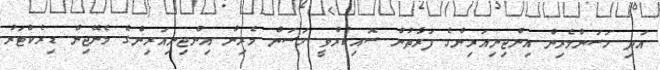
އަދި ހަސަންމެރިން އިންޖިނިއަރިންގެ ފަރާތުން ސޮއިކުރެްވީ ހަސަން މެރިން އިންޖިނިއަރިންގެ މެނޭޖިން ޑިރެކްޓަރު